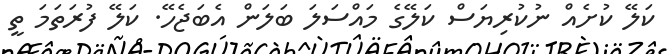
ކަލޭ ކުށެއް ނުކުރިޔަސް ކަލޭގެ މައްސަލަ ބަލަން އެބަޖެހޭ. ކަލޭ ފުރަތަމަ ތީ